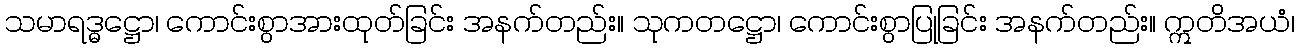
သမာရဒ္ဓဋ္ဌော၊ ကောင်းစွာအားထုတ်ခြင်း အနက်တည်း။ သုကတဋ္ဌော၊ ကောင်းစွာပြုခြင်း အနက်တည်း။ ဣတိအယံ၊